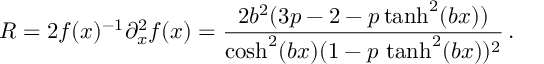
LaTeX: R = 2 f ( x ) ^ { - 1 } \partial _ { x } ^ { 2 } f ( x ) = \frac { 2 b ^ { 2 } ( 3 p - 2 - p \operatorname { t a n h } ^ { 2 } ( b x ) ) } { \cosh ^ { 2 } ( b x ) ( 1 - p \, \operatorname { t a n h } ^ { 2 } ( b x ) ) ^ { 2 } } \, .